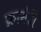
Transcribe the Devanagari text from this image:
क्रामेरी